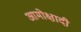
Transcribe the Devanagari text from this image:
आमोक्षादी